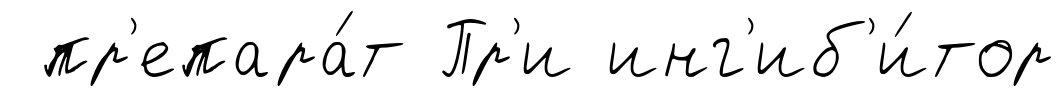
пр'епара́т Пр'и инг'иб'и́тор